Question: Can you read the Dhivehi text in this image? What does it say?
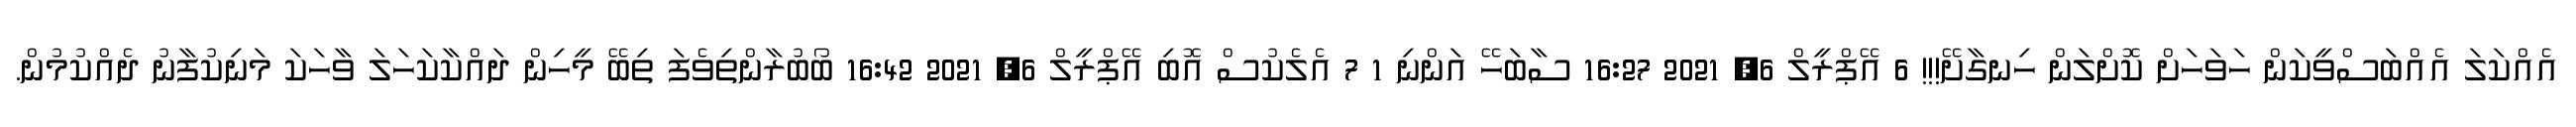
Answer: އެއްކަލަ އެއްބަސްވީކަން ހަވަހަށް ކޮށްލަން ހިނގާށޭ!!! 6 އޭޕްރީލް 6, 2021 16:27 ސާބަހޭ އަންނި 1 7 އެލެކުސް އޮބި އޭޕްރީލް 6, 2021 16:42 ބޯބުރާންތިވެފަ ތިބޭ މީހިން ދައްކާކަހަލަ ވާހަކަ މަނިކުފާނު ދެއްކުމުން.